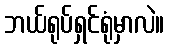
ဘယ်ရုပ်ရှင်ရုံမှာလဲ။